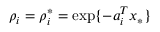
\rho _ { i } = \rho _ { i } ^ { * } = \exp \{ - a _ { i } ^ { T } x _ { * } \}